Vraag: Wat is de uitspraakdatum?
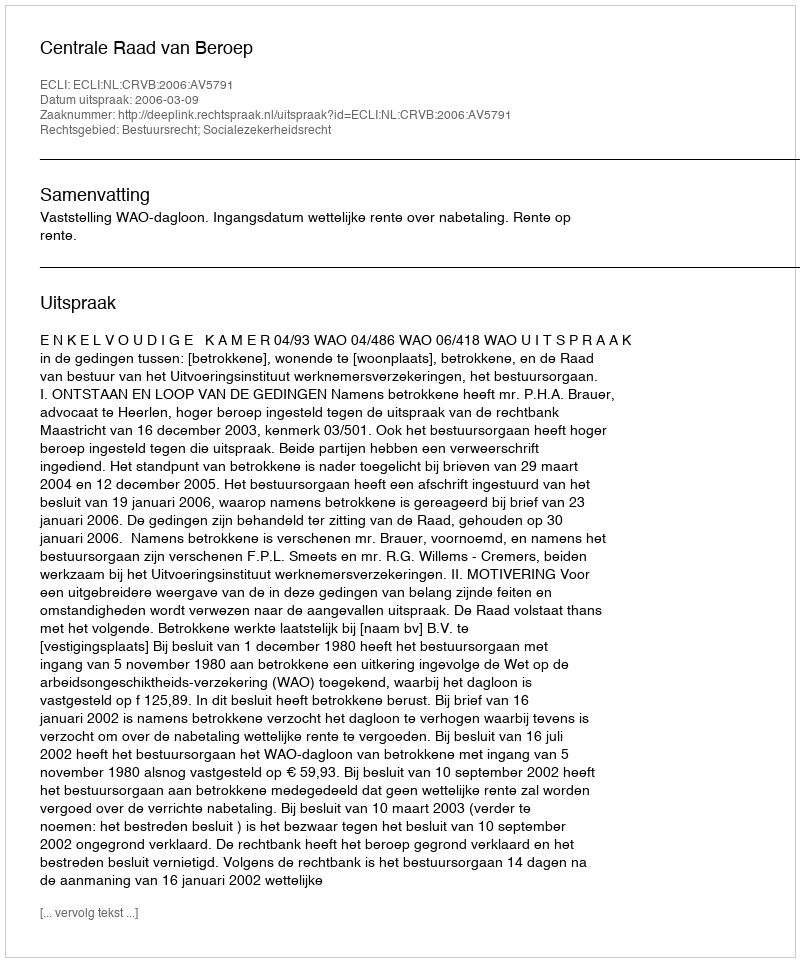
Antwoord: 2006-03-09